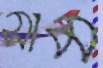
সাম